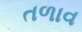
તળાવ